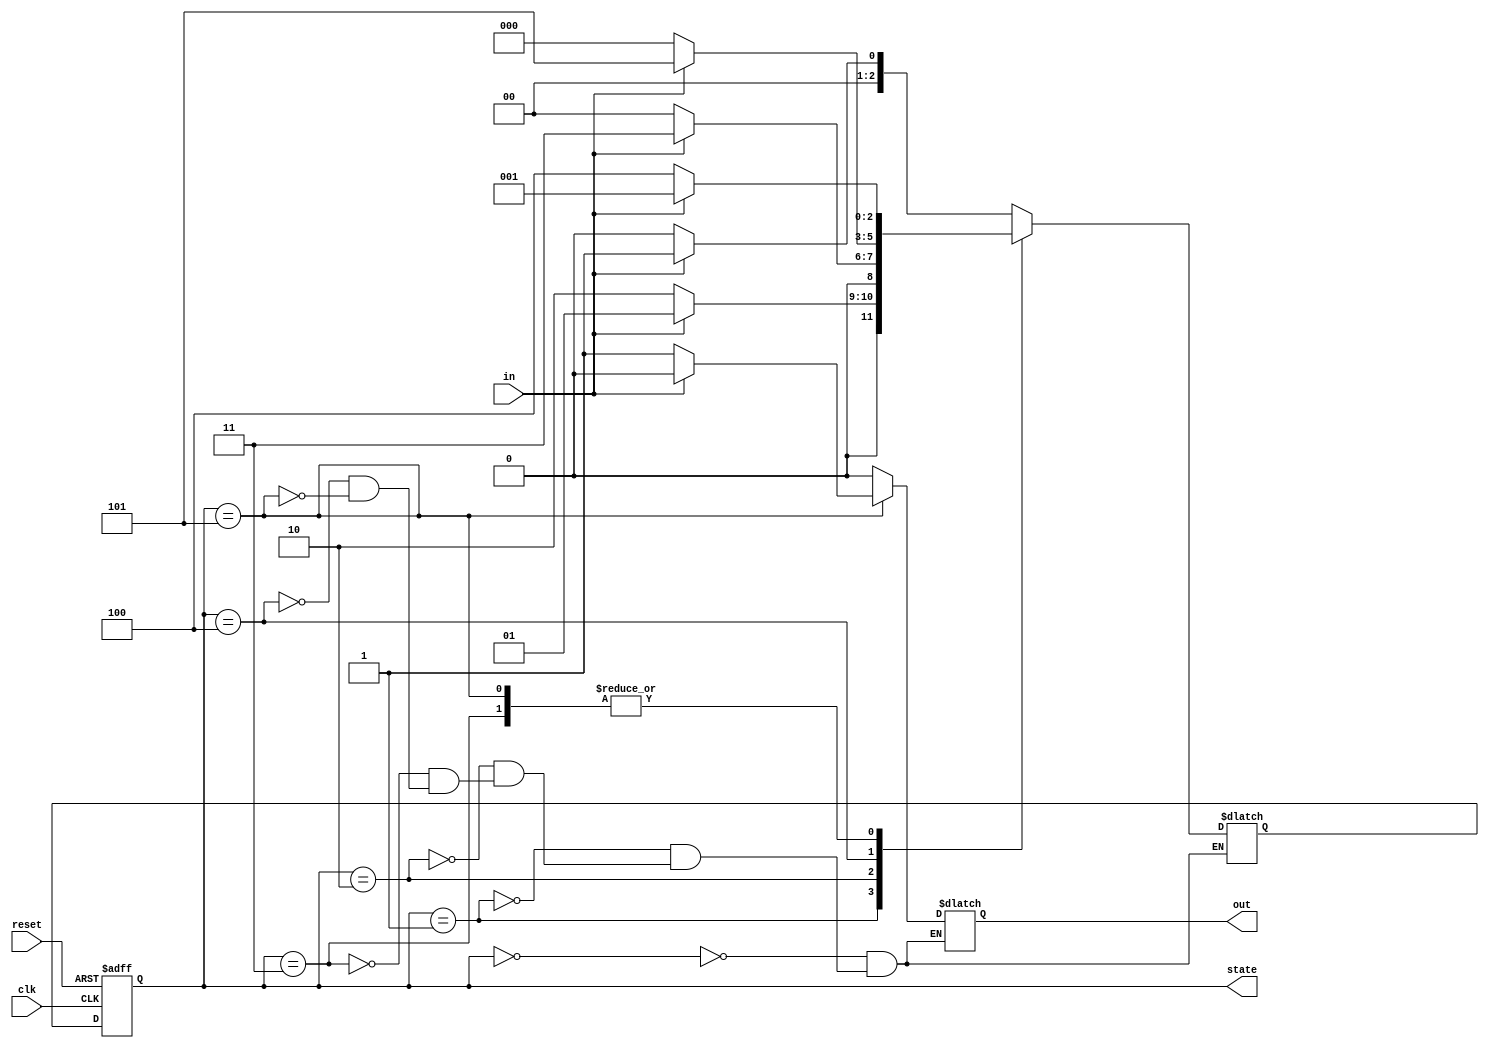
module detect_sequence(clk, in, reset, out, state);
	input clk, in, reset;
	output reg out;
	parameter s0 = 0, s1 = 1, s2 = 2, s3 = 3, s4 = 4, s5 = 5;
	reg [0:2] PS, NS;
	output reg [0:2] state;
	
always @(posedge clk or posedge reset)
	begin
		if(reset) PS <= s0;
		else 	  PS <= NS;
	end
	
always @(PS,in)
	begin
	state <= PS;
	case (PS)
		s0 : begin
				 out <= in ? 0 : 0;
				 NS <= in ? s1 : s0;
			 end
		s1 : begin
				 out <= in ? 0 : 0;
				 NS <= in ? s1 : s2;
			 end
		s2 : begin
				 out <= in ? 0 : 0;
				 NS <= in ? s3 : s0;
			 end
		s3 : begin
				 out <= in ? 0 : 0;
				 NS <= in ? s1 : s4;
			 end
 		s4 : begin
				 out <= in ? 0 : 0;
				 NS <= in ? s5 : s0;
			 end
		s5 : begin
				 out <= in ? 0 : 1;
				 NS <= in ? s1 : s4;
			 end
	endcase
	end
endmodule